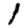
Digit: 1